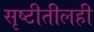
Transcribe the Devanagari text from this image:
सृष्टीतीलही